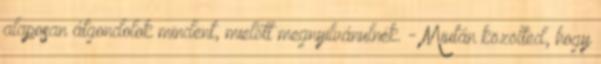
alaposan átgondolok mindent, mielőtt megnyilvánulnék. - Miután közölted, hogy